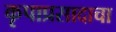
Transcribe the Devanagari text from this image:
कृपाप्रसादाचा